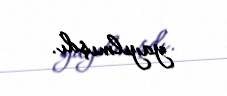
yayılmışdı.